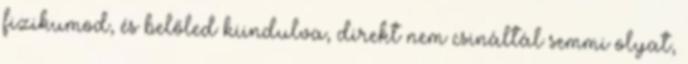
fizikumod, és belőled kiindulva, direkt nem csináltál semmi olyat,